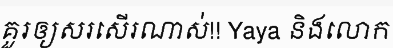
គួរឲ្យសរសើរណាស់!! Yaya និងលោក